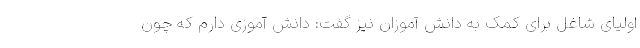
اولیای شاغل برای کمک به دانش آموزان نیز گفت: دانش آموزی دارم که چون